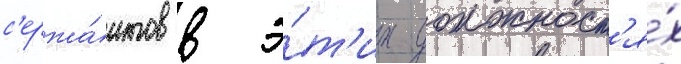
с'ержа́нтов в э́т'их должност'я́х